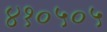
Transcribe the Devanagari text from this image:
४१०५०५